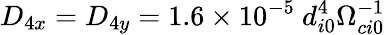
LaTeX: D_{4x}=D_{4y}=1.6\times 10^{-5}\ d_{i0}^{4}\Omega_{ci0}^{-1}